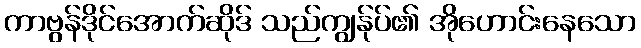
ကာဗွန်ဒိုင်အောက်ဆိုဒ် သည်ကျွန်ုပ်၏ အိုဟောင်းနေသော